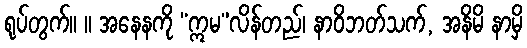
ရုပ်တွက်။ ။ အနေနကို “ဣမ”လိန်တည်၊ နာဝိဘတ်သက်, အနိမိ နာမှိ